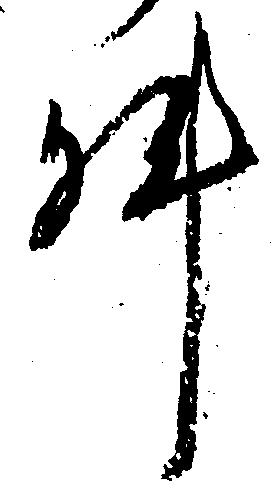
件